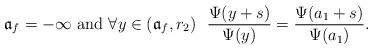
LaTeX: \begin{align*}\mathfrak{a}_f=-\infty \hbox{ and } \forall y \in (\mathfrak{a}_f,r_2)\ \ \frac{\Psi(y+s)}{\Psi(y)}=\frac{\Psi(a_1+s)}{\Psi(a_1)}.\end{align*}